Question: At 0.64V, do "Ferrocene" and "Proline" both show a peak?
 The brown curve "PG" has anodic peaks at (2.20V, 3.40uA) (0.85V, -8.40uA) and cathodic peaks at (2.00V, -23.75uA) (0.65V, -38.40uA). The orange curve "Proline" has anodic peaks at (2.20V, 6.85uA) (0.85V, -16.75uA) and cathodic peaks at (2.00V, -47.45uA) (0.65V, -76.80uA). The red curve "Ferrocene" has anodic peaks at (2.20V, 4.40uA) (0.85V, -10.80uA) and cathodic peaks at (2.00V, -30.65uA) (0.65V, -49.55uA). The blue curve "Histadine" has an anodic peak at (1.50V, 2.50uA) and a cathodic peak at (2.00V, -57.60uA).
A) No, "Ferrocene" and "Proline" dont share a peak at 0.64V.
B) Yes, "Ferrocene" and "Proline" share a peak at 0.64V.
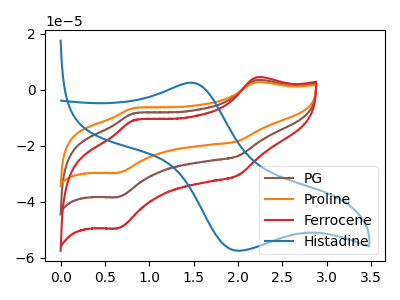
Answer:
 <answer>B) Yes, "Ferrocene" and "Proline" share a peak at 0.64V.</answer>
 <eval>B</eval>